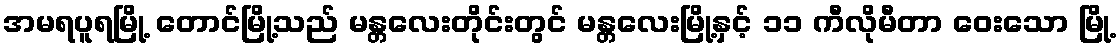
အမရပူရမြို့ တောင်မြို့သည် မန္တလေးတိုင်းတွင် မန္တလေးမြို့နှင့် ၁၁ ကီလိုမီတာ ဝေးသော မြို့